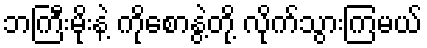
ဘကြီးမိုးနဲ့ ကိုစောနွဲ့တို့ လိုက်သွားကြမယ်